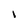
Character: i